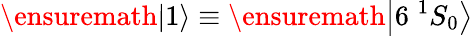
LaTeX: \ensuremath{\left|1\right\rangle}\equiv\ensuremath{\left|6\; ^{1}S_{0}\right\rangle}